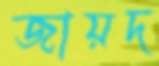
জায়দ